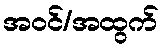
အဝင်/အထွက်